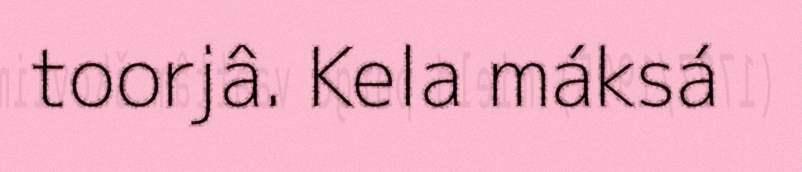
toorjâ. Kela máksá